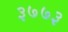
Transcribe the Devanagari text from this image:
३७७३